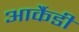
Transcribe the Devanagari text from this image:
आर्कैडी